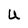
Character: U